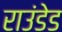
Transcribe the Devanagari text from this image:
राउंडेड